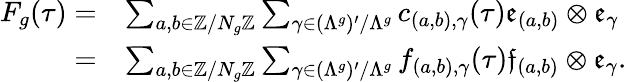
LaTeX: \begin{array}{rl}{F_{g}(\tau)=}&{\sum_{a,b\in\mathbb Z/N_{g}\mathbb Z}\sum_{\gamma\in(\Lambda^{g})^{\prime}/\Lambda^{g}}c_{(a,b),\gamma}(\tau)\mathfrak{e}_{(a,b)}\otimes\mathfrak{e}_{\gamma}}\\ {=}&{\sum_{a,b\in\mathbb Z/N_{g}\mathbb Z}\sum_{\gamma\in(\Lambda^{g})^{\prime}/\Lambda^{g}}f_{(a,b),\gamma}(\tau)\mathfrak{f}_{(a,b)}\otimes\mathfrak{e}_{\gamma}.}\end{array}